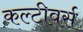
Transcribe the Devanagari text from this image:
कल्टीवर्स